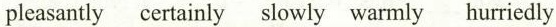
pleasantly certainly slowly warmly hurriedly